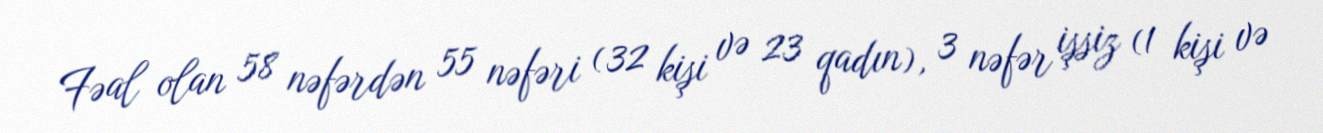
Fəal olan 58 nəfərdən 55 nəfəri (32 kişi və 23 qadın), 3 nəfər işsiz (1 kişi və